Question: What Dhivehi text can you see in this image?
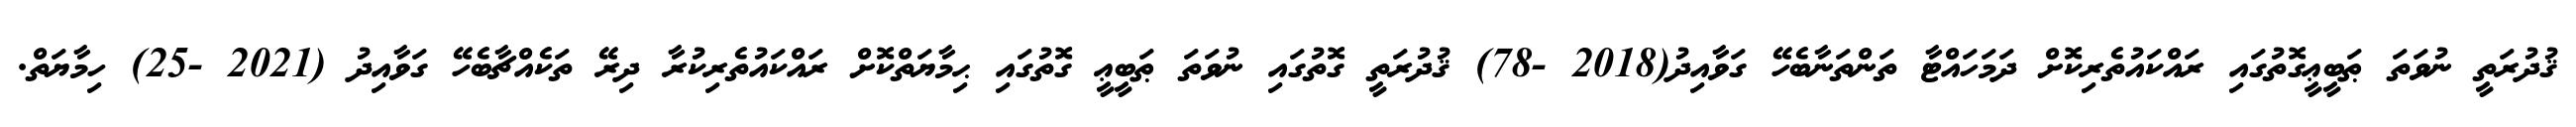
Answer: ޤުދުރަތީ ނުވަތަ ޠަބީޢީގޮތުގައި ރައްކައުތެރިކޮށް ދަމަހައްޓާ ތަންތަނާބެހޭ ގަވާއިދު(2018 -78) ޤުދުރަތީ ގޮތުގައި ނުވަތަ ޠަބީޢީ ގޮތުގައި ޙިމާޔަތްކޮށް ރައްކައުތެރިކުރާ ދިރޭ ތަކެއްޗާބެހޭ ގަވާއިދު (2021 -25) ހިމާޔަތް.